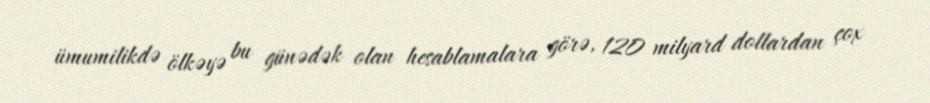
ümumilikdə ölkəyə bu günədək olan hesablamalara görə, 120 milyard dollardan çox